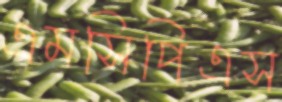
এমসিপিএস